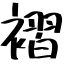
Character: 褶